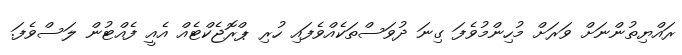
ރައްޔިތުންނަށް ވަރަށް މުހިންމުވެފަ ގިނަ ދުވަސްތަކެއްވެފައި ހުރި ޕްރޮޖެކްޓެއް އެއީ ފެއްޓުން ލަސްވެފަ.